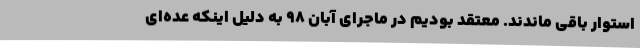
استوار باقی ماندند. معتقد بودیم در ماجرای آبان ۹۸ به دلیل اینکه عده‌ای